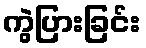
ကွဲပြားခြင်း